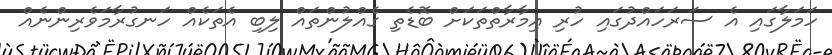
ހަމަލާގައި އެ ސަރަހައްދުގައި ހުރި އިމާރާތްތަކަށް ބޮޑެތި ގެއްލުންތައް ލިބި އެތަކެއް ހަނގުރާމަވެރިންނެއް